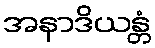
အနာဒိယန္တံ